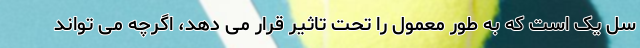
سل یک است که به طور معمول را تحت تاثیر قرار می دهد، اگرچه می تواند